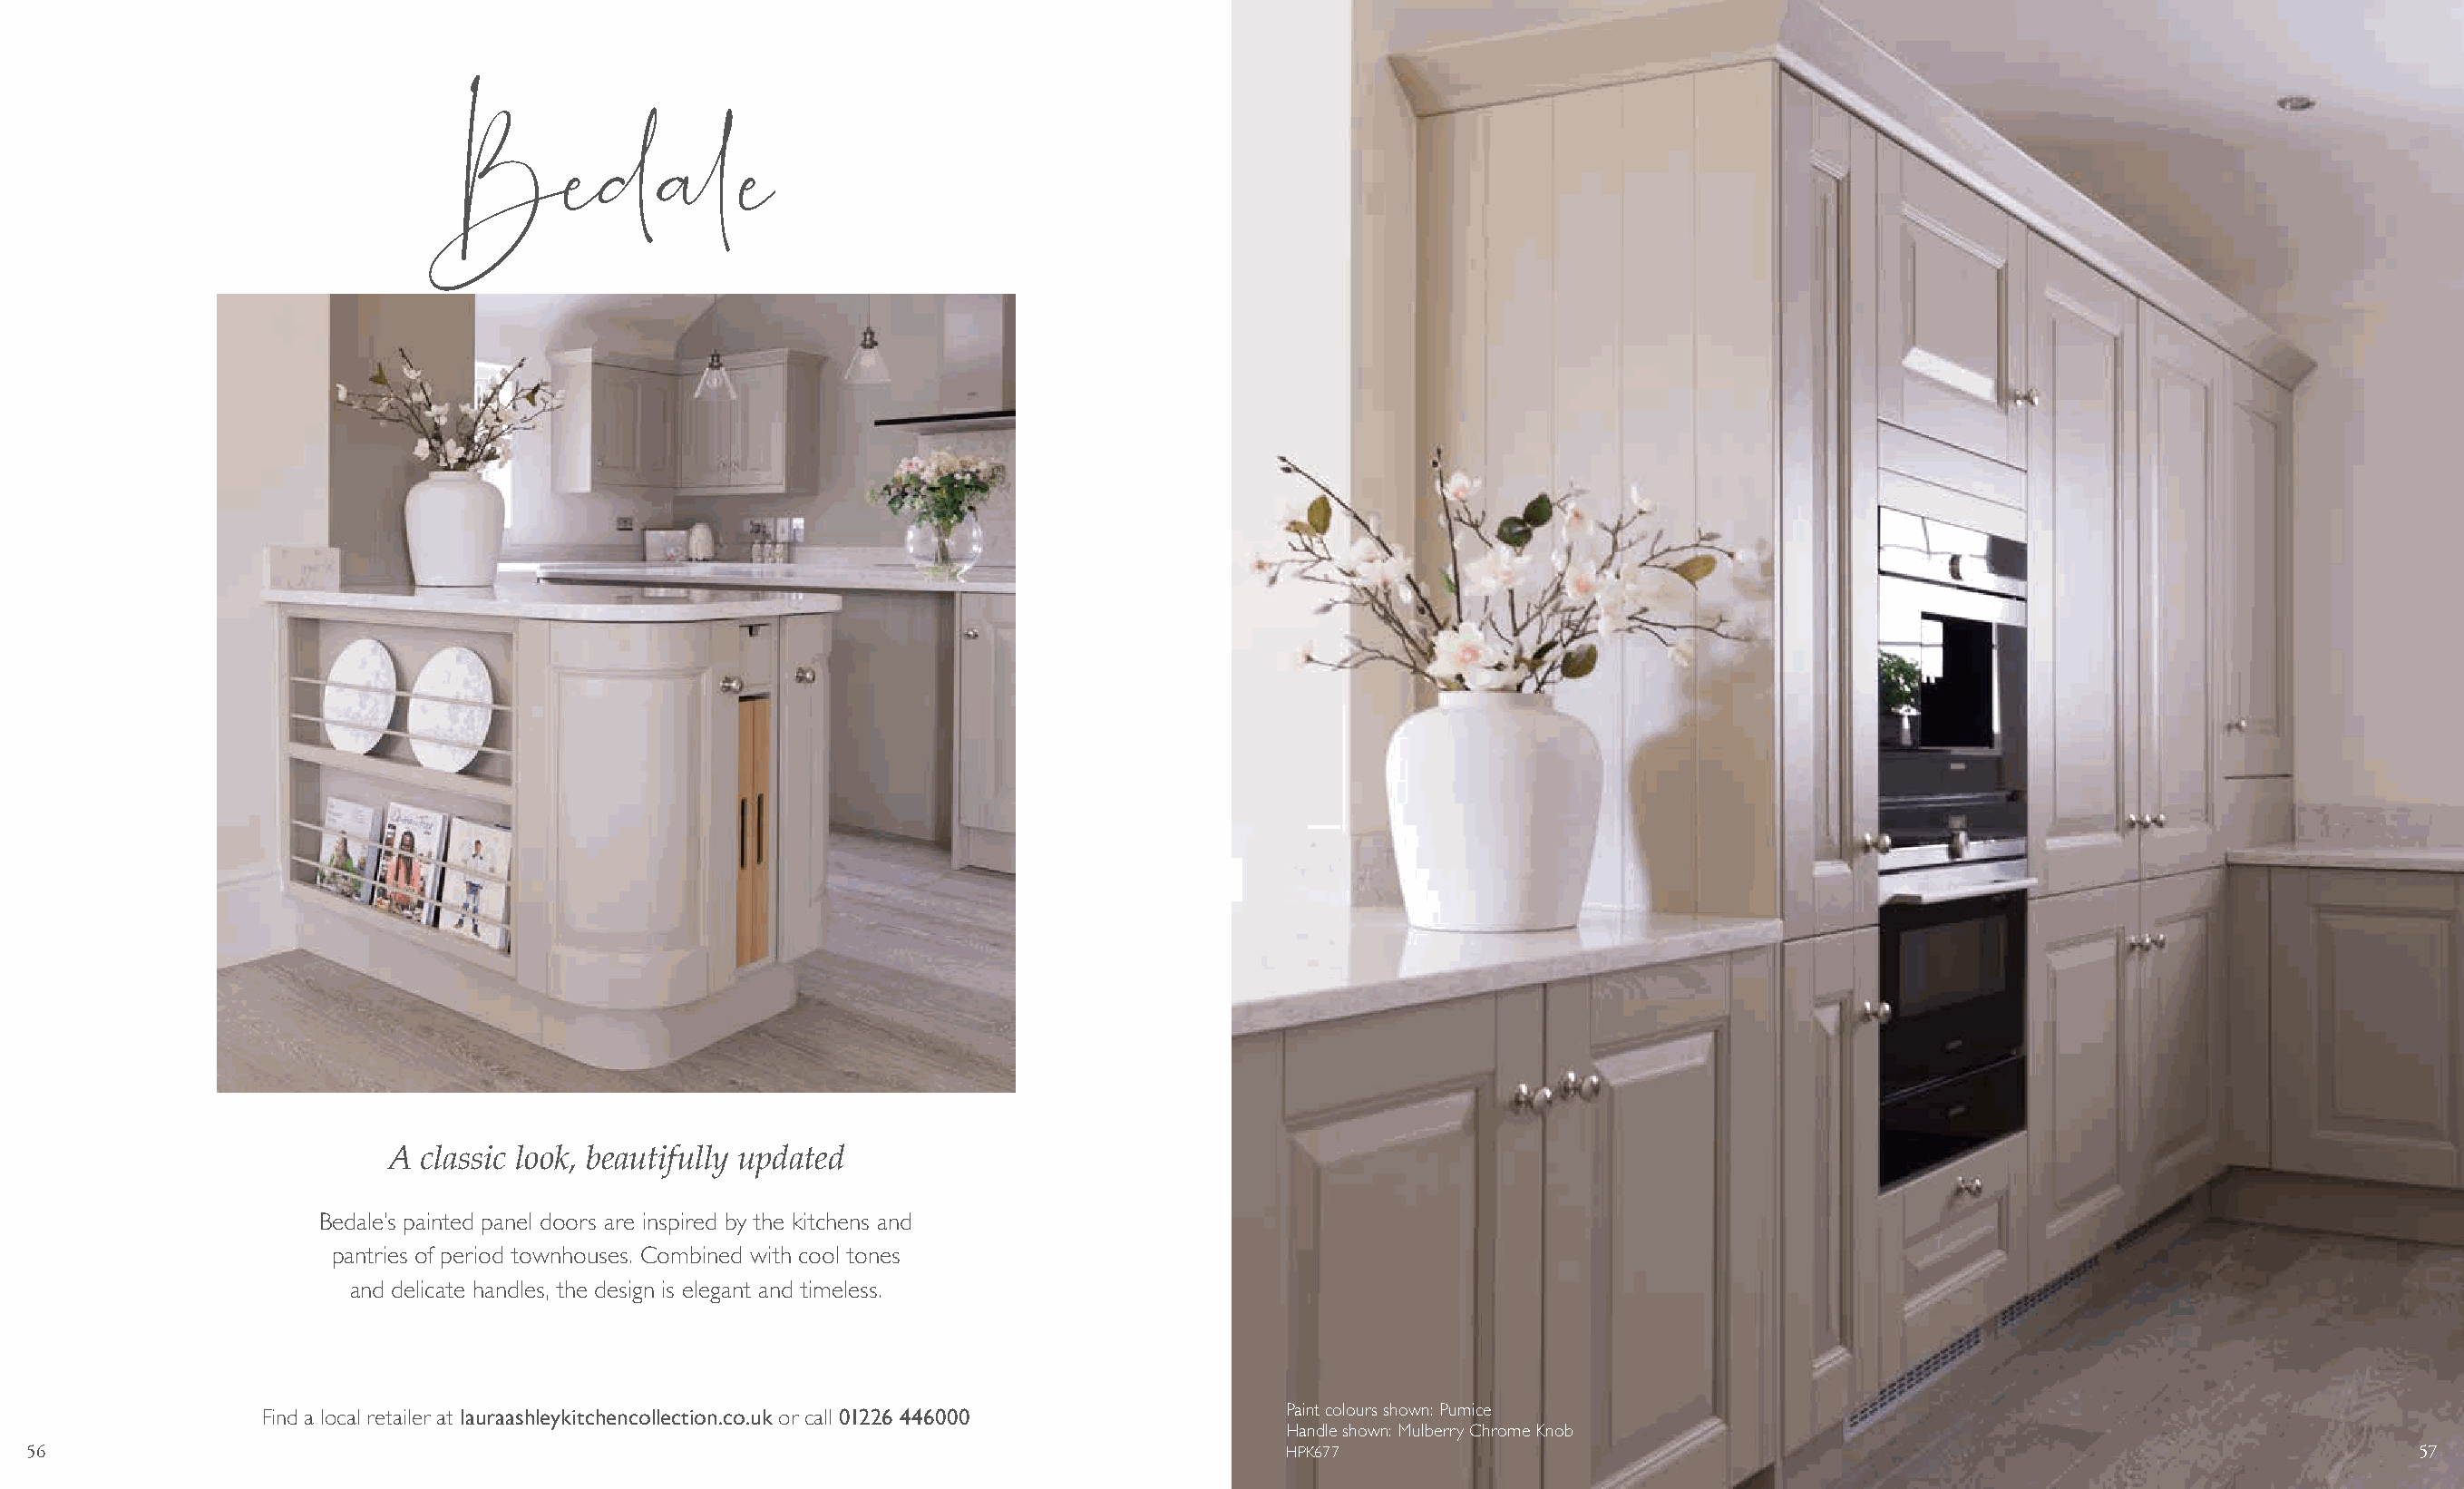
Bedale
 A  classic look, beautifully updated
 Bedale’s painted panel doors are inspired by the kitchens and
 pantries of period townhouses. Combined with cool tones
 and delicate handles, the design is elegant and timeless.
 Find a local retailer at lauraashleykitchencollection.co.uk or call 01226 446000 Paint colours shown: Pumice
 Handle shown: Mulberry Chrome Knob
 56                                                                                          HPK677                                                                             57